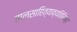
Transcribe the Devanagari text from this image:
बालसाहित्याव्यतिरिक्त